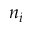
n _ { i }